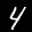
Label: 4